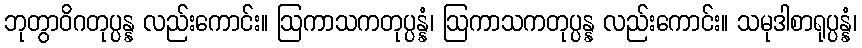
ဘုတွာဝိဂတုပ္ပန္န လည်းကောင်း။ ဩကာသကတုပ္ပန္နံ၊ ဩကာသကတုပ္ပန္န လည်းကောင်း။ သမုဒါစာရုပ္ပန္နံ၊